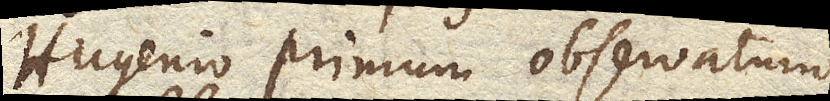
Hugenio primum observatum